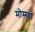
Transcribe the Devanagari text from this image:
मोम्ग्वा